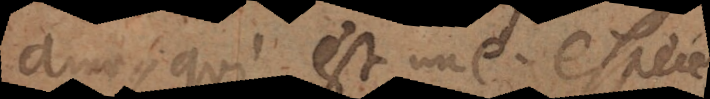
ame, qui est une espece